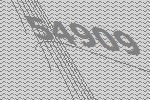
54909